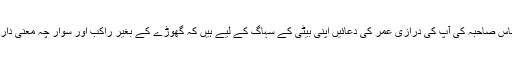
ساس صاحبہ کی آپ کی درازیٔ عمر کی دعائیں اپنی بیٹی کے سہاگ کے لیے ہیں کہ گھوڑے کے بغیر راکب اور سوار چہ معنی دارد۔